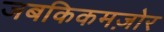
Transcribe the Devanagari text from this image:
जबकिकमज़ोर